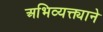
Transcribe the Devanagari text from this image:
अभिव्यक्त्याने